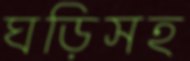
ঘড়িসহ